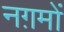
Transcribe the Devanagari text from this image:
नग़मों